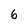
Character: 6